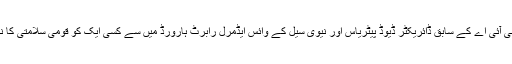
ذرائع نے بتایا ہے کہ ڈونلڈ ٹرمپ سی آئی اے کے سابق ڈائریکٹر ڈیوڈ پیٹریاس اور نیوی سیل کے وائس ایڈمرل رابرٹ ہارورڈ میں سے کسی ایک کو قومی سلامتی کا نیا مشیر بنانے پر غور کر رہے ہیں۔